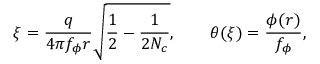
\xi = \frac { q } { 4 \pi f _ { \phi } r } \sqrt { \frac { 1 } { 2 } - \frac { 1 } { 2 N _ { c } } } , \qquad \theta ( \xi ) = \frac { \phi ( r ) } { f _ { \phi } } ,